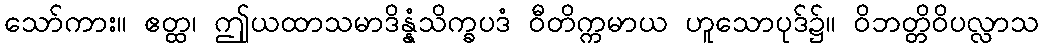
သော်ကား။ ဧတ္ထ၊ ဤုယထာသမာဒိန္နံသိက္ခပဒံ ဝီတိက္ကမာယ ဟူသောပုဒ်၌။ ဝိဘတ္တိဝိပလ္လာသ